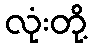
လုံးတို့